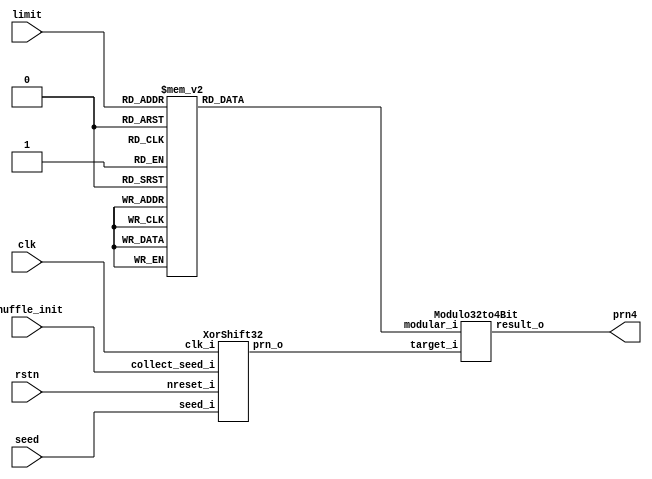
module RandomShuffler(
    input clk,
    input shuffle_init,
    input [31:0] seed,
    input [3:0] limit,
    input rstn,
    
    output [3:0] prn4
    );

    wire [31:0] prn32;

    XorShift32 XorShiftInst(
        .seed_i(seed),
        .collect_seed_i(shuffle_init),
        .clk_i(clk),
        .nreset_i(rstn),

        .prn_o(prn32)
    );

    reg [3:0] limit_plusone;

    always @(*) begin
        case(limit)
            4'b0: limit_plusone <= 4'b1;
            4'b1: limit_plusone <= 4'b10;
            4'b10: limit_plusone <= 4'b11;
            4'b11: limit_plusone <= 4'b100;
            4'b100: limit_plusone <= 4'b101;
            4'b101: limit_plusone <= 4'b110;
            4'b110: limit_plusone <= 4'b111;
            4'b111: limit_plusone <= 4'b1000;
            4'b1000: limit_plusone <= 4'b1001;
            4'b1001: limit_plusone <= 4'b1010;
            default: limit_plusone <= 4'b0001;
        endcase
    end

    Modulo32to4Bit RemainderCalculator(
        .target_i(prn32),
        .modular_i(limit_plusone),

        .result_o(prn4)
    );

endmodule

// pseudorandom number generator based on xorshift-32 algorithm
module XorShift32( 
    input [31:0] seed_i,
    input collect_seed_i,
    input clk_i,
    input nreset_i,

    output [31:0] prn_o
    );

    reg [31:0] state;

    wire [31:0] first_stage;
    wire [31:0] second_stage;
    wire [31:0] third_stage;

    assign first_stage = state ^ {state[18:0], 13'b0}; // state ^= state << 13;
    assign second_stage = first_stage ^ {7'b0, first_stage[31:7]}; // state ^= state >> 7;
    assign third_stage = second_stage ^ {second_stage[14:0], 17'b0}; // state ^= state << 17;

    always @(posedge clk_i or negedge nreset_i) begin
        if (~nreset_i) state <= 31'b0;
        else if (collect_seed_i) state <= seed_i;
        else state <= third_stage;
    end

    assign prn_o = third_stage;
endmodule

module ModuloAdder(
    input [3:0] first_operand_i,
    input [3:0] second_operand_i, // these operands must be smaller than the modular
    input [3:0] modular_i,

    output [3:0] sum_o
    );

    wire [4:0] temp_sum;
    assign temp_sum = {1'b0, first_operand_i} + {1'b0, second_operand_i}; // a + b;
    wire [4:0] mod_sum;
    assign mod_sum = temp_sum - {1'b0, modular_i}; // a + b - m; this is always smaller than 13. If this is a negative number (first bit is 1), then a + b is between 0 abd m-1. So we output a + b. Else, a + b is m or larger, and this is between 0 and m-2. so we output this one.

    assign sum_o = {4{mod_sum[4]}} & temp_sum | ~{4{mod_sum[4]}} & mod_sum[3:0];

endmodule


module Modulo32to4Bit(
    input [31:0] target_i,
    input [3:0] modular_i,

    output [3:0] result_o
    );

    // Doing '%' operation to large-size PRNs achives limiting the range of the generated PRN without introducing too much bias to the probabilities of all possible outputs.
    // A divider circuit can do it, but I belive it must be much simpler (more complex to code, but simpler in hardware level) to make use of the fact that ((a % m) + (b % m)) % m == (a + b) % m

    // For example, if we want to operate 8'b01100110 % 4'd10, we can do it by calculating 2^6 % 10 + 2^5 % 10 + 2^2 % 10 + 2^1 % 10
    // or, in a more general form, (2^7 % 10) & 4'b0000 + (2^6 % 10) & 4'b1111 + (2^5 % 10) & 4'b1111 + (2^4 % 10) & 4'b0000 + (2^3 % 10) & 4'b0000 + (2^2 % 10) & 4'b1111 + (2^1 % 10) & 4'b1111 + (2^0 % 10) & 4'b0000
    // or, by following the pseudocode below:
    
    //     sum = 0
    //     for i in 0..31
    //         sum = (sum + target[i] * (2^i % m)) % m

    // This can be done more efficiently with less gate delays with the following binary-tree-like structure, than adding them one by one
    //     
    //      (2^7 % 10) & 4'b0000        (2^6 % 10) & 4'b1111        (2^5 % 10) & 4'b1111        (2^4 % 10) & 4'b0000        (2^3 % 10) & 4'b0000        (2^2 % 10) & 4'b1111        (2^1 % 10) & 4'b1111        (2^0 % 10) & 4'b0000  
    //                \                          /                            \                          /                            \                          /                            \                          /
    //                 \________        ________/                              \________        ________/                              \________        ________/                              \________        ________/
    //                          \      /                                                \      /                                                \      /                                                \      /
    //                           \    /                                                  \    /                                                  \    /                                                  \    /  
    //                        Modulo Adder                                            Modulo Adder                                            Modulo Adder                                            Modulo Adder  
    //                              \                                                      /                                                        \                                                      /
    //                               \______________________        ______________________/                                                          \______________________        ______________________/
    //                                                      \      /                                                                                                        \      /
    //                                                       \    /                                                                                                          \    /
    //                                                    Modulo Adder                                                                                                    Modulo Adder  
    //                                                          \                                                                                                              /
    //                                                           \__________________________________________________        __________________________________________________/    
    //                                                                                                              \      /
    //                                                                                                               \    /
    //                                                                                                            Modulo Adder  
    //                                                                                                                  |
    //                                                                                                                  |
    //                                                                                                          final modulo sum

    // In our case in which the input is 32-bit, adding-one-by-one method requires 31 modulo adders, and 32 times the gate delay of a single modulo adder to generate the result, 
    // while my binary tree method requires 31 modulo adders, and only 5 times the gate delay of a single modulo adder to generate the result.

    // in predefined, {2^31 % m, 2^30 % m, 2^29 % m, ... 2 % m, 1 % m} is stored. 
    reg [127:0] predefined;

    always @(*) begin
        case({modular_i})
            4'b1: predefined <= {4'b0, 4'b0, 4'b0, 4'b0, 4'b0, 4'b0, 4'b0, 4'b0, 4'b0, 4'b0, 4'b0, 4'b0, 4'b0, 4'b0, 4'b0, 4'b0, 4'b0, 4'b0, 4'b0, 4'b0, 4'b0, 4'b0, 4'b0, 4'b0, 4'b0, 4'b0, 4'b0, 4'b0, 4'b0, 4'b0, 4'b0, 4'b0};
            4'b10: predefined <= {4'b0, 4'b0, 4'b0, 4'b0, 4'b0, 4'b0, 4'b0, 4'b0, 4'b0, 4'b0, 4'b0, 4'b0, 4'b0, 4'b0, 4'b0, 4'b0, 4'b0, 4'b0, 4'b0, 4'b0, 4'b0, 4'b0, 4'b0, 4'b0, 4'b0, 4'b0, 4'b0, 4'b0, 4'b0, 4'b0, 4'b0, 4'b1};
            4'b11: predefined <= {4'b10, 4'b1, 4'b10, 4'b1, 4'b10, 4'b1, 4'b10, 4'b1, 4'b10, 4'b1, 4'b10, 4'b1, 4'b10, 4'b1, 4'b10, 4'b1, 4'b10, 4'b1, 4'b10, 4'b1, 4'b10, 4'b1, 4'b10, 4'b1, 4'b10, 4'b1, 4'b10, 4'b1, 4'b10, 4'b1, 4'b10, 4'b1};
            4'b100: predefined <= {4'b0, 4'b0, 4'b0, 4'b0, 4'b0, 4'b0, 4'b0, 4'b0, 4'b0, 4'b0, 4'b0, 4'b0, 4'b0, 4'b0, 4'b0, 4'b0, 4'b0, 4'b0, 4'b0, 4'b0, 4'b0, 4'b0, 4'b0, 4'b0, 4'b0, 4'b0, 4'b0, 4'b0, 4'b0, 4'b0, 4'b10, 4'b1};
            4'b101: predefined <= {4'b11, 4'b100, 4'b10, 4'b1, 4'b11, 4'b100, 4'b10, 4'b1, 4'b11, 4'b100, 4'b10, 4'b1, 4'b11, 4'b100, 4'b10, 4'b1, 4'b11, 4'b100, 4'b10, 4'b1, 4'b11, 4'b100, 4'b10, 4'b1, 4'b11, 4'b100, 4'b10, 4'b1, 4'b11, 4'b100, 4'b10, 4'b1};
            4'b110: predefined <= {4'b10, 4'b100, 4'b10, 4'b100, 4'b10, 4'b100, 4'b10, 4'b100, 4'b10, 4'b100, 4'b10, 4'b100, 4'b10, 4'b100, 4'b10, 4'b100, 4'b10, 4'b100, 4'b10, 4'b100, 4'b10, 4'b100, 4'b10, 4'b100, 4'b10, 4'b100, 4'b10, 4'b100, 4'b10, 4'b100, 4'b10, 4'b1};
            4'b111: predefined <= {4'b10, 4'b1, 4'b100, 4'b10, 4'b1, 4'b100, 4'b10, 4'b1, 4'b100, 4'b10, 4'b1, 4'b100, 4'b10, 4'b1, 4'b100, 4'b10, 4'b1, 4'b100, 4'b10, 4'b1, 4'b100, 4'b10, 4'b1, 4'b100, 4'b10, 4'b1, 4'b100, 4'b10, 4'b1, 4'b100, 4'b10, 4'b1};
            4'b1000: predefined <= {4'b0, 4'b0, 4'b0, 4'b0, 4'b0, 4'b0, 4'b0, 4'b0, 4'b0, 4'b0, 4'b0, 4'b0, 4'b0, 4'b0, 4'b0, 4'b0, 4'b0, 4'b0, 4'b0, 4'b0, 4'b0, 4'b0, 4'b0, 4'b0, 4'b0, 4'b0, 4'b0, 4'b0, 4'b0, 4'b100, 4'b10, 4'b1};
            4'b1001: predefined <= {4'b10, 4'b1, 4'b101, 4'b111, 4'b1000, 4'b100, 4'b10, 4'b1, 4'b101, 4'b111, 4'b1000, 4'b100, 4'b10, 4'b1, 4'b101, 4'b111, 4'b1000, 4'b100, 4'b10, 4'b1, 4'b101, 4'b111, 4'b1000, 4'b100, 4'b10, 4'b1, 4'b101, 4'b111, 4'b1000, 4'b100, 4'b10, 4'b1};
            4'b1010: predefined <= {4'b1000, 4'b100, 4'b10, 4'b110, 4'b1000, 4'b100, 4'b10, 4'b110, 4'b1000, 4'b100, 4'b10, 4'b110, 4'b1000, 4'b100, 4'b10, 4'b110, 4'b1000, 4'b100, 4'b10, 4'b110, 4'b1000, 4'b100, 4'b10, 4'b110, 4'b1000, 4'b100, 4'b10, 4'b110, 4'b1000, 4'b100, 4'b10, 4'b1};       
            4'b1011: predefined <= {4'b10, 4'b1, 4'b110, 4'b11, 4'b111, 4'b1001, 4'b1010, 4'b101, 4'b1000, 4'b100, 4'b10, 4'b1, 4'b110, 4'b11, 4'b111, 4'b1001, 4'b1010, 4'b101, 4'b1000, 4'b100, 4'b10, 4'b1, 4'b110, 4'b11, 4'b111, 4'b1001, 4'b1010, 4'b101, 4'b1000, 4'b100, 4'b10, 4'b1};
            4'b1100: predefined <= {4'b1000, 4'b100, 4'b1000, 4'b100, 4'b1000, 4'b100, 4'b1000, 4'b100, 4'b1000, 4'b100, 4'b1000, 4'b100, 4'b1000, 4'b100, 4'b1000, 4'b100, 4'b1000, 4'b100, 4'b1000, 4'b100, 4'b1000, 4'b100, 4'b1000, 4'b100, 4'b1000, 4'b100, 4'b1000, 4'b100, 4'b1000, 4'b100, 4'b10, 4'b1};
            4'b1101: predefined <= {4'b1011, 4'b1100, 4'b110, 4'b11, 4'b1000, 4'b100, 4'b10, 4'b1, 4'b111, 4'b1010, 4'b101, 4'b1001, 4'b1011, 4'b1100, 4'b110, 4'b11, 4'b1000, 4'b100, 4'b10, 4'b1, 4'b111, 4'b1010, 4'b101, 4'b1001, 4'b1011, 4'b1100, 4'b110, 4'b11, 4'b1000, 4'b100, 4'b10, 4'b1};    
            4'b1110: predefined <= {4'b10, 4'b1000, 4'b100, 4'b10, 4'b1000, 4'b100, 4'b10, 4'b1000, 4'b100, 4'b10, 4'b1000, 4'b100, 4'b10, 4'b1000, 4'b100, 4'b10, 4'b1000, 4'b100, 4'b10, 4'b1000, 4'b100, 4'b10, 4'b1000, 4'b100, 4'b10, 4'b1000, 4'b100, 4'b10, 4'b1000, 4'b100, 4'b10, 4'b1};        
            4'b1111: predefined <= {4'b1000, 4'b100, 4'b10, 4'b1, 4'b1000, 4'b100, 4'b10, 4'b1, 4'b1000, 4'b100, 4'b10, 4'b1, 4'b1000, 4'b100, 4'b10, 4'b1, 4'b1000, 4'b100, 4'b10, 4'b1, 4'b1000, 4'b100, 4'b10, 4'b1, 4'b1000, 4'b100, 4'b10, 4'b1, 4'b1000, 4'b100, 4'b10, 4'b1};
            4'b0000: predefined <= {4'b0, 4'b0, 4'b0, 4'b0, 4'b0, 4'b0, 4'b0, 4'b0, 4'b0, 4'b0, 4'b0, 4'b0, 4'b0, 4'b0, 4'b0, 4'b0, 4'b0, 4'b0, 4'b0, 4'b0, 4'b0, 4'b0, 4'b0, 4'b0, 4'b0, 4'b0, 4'b0, 4'b0, 4'b1000, 4'b100, 4'b10, 4'b1};
            // assume 4'b0000 input is actually 5'b10000
        endcase
    end

    // filtered layer stores predefined values times target[i]
    wire [127:0] filtered;
    genvar i;
    generate
        for (i = 0; i < 32; i = i + 1) begin: predefined_filter
            assign filtered[4*i+3 : 4*i] = {4{target_i[i]}} & predefined[4*i+3 : 4*i];
        end
    endgenerate

    wire [63:0] first_layer;
    generate
        for (i = 0; i < 16; i = i + 1) begin: first_layer_connection
            ModuloAdder ModAdderInst1(
                .first_operand_i(filtered[i*8+7 : i*8+4]),
                .second_operand_i(filtered[i*8+3 : i*8]),
                .modular_i(modular_i),

                .sum_o(first_layer[4*i+3 : 4*i])
            );
        end
    endgenerate

    wire [31:0] second_layer;
    generate
        for (i = 0; i < 8; i = i + 1) begin: second_layer_connection
            ModuloAdder ModAdderInst2(
                .first_operand_i(first_layer[i*8+7 : i*8+4]),
                .second_operand_i(first_layer[i*8+3 : i*8]),
                .modular_i(modular_i),
                
                .sum_o(second_layer[4*i+3 : 4*i])
            );
        end
    endgenerate

    wire [15:0] third_layer;
    generate
        for (i = 0; i < 4; i = i + 1) begin: third_layer_connection
            ModuloAdder ModAdderInst3(
                .first_operand_i(second_layer[i*8+7 : i*8+4]),
                .second_operand_i(second_layer[i*8+3 : i*8]),
                .modular_i(modular_i),

                .sum_o(third_layer[i*4+3 : i*4])
            );
        end
    endgenerate

    wire [7:0] fourth_layer;
    generate 
        for (i = 0; i < 2; i = i + 1) begin: fouurth_layer_connection
            ModuloAdder ModAdderInst4(
                .first_operand_i(third_layer[i*8+7 : i*8+4]),
                .second_operand_i(third_layer[i*8+3 : i*8]),
                .modular_i(modular_i),

                .sum_o(fourth_layer[i*4+3 : i*4])
            );
        end
    endgenerate

    ModuloAdder ModAdderInstFinal(
        .first_operand_i(fourth_layer[7:4]),
        .second_operand_i(fourth_layer[3:0]),
        .modular_i(modular_i),

        .sum_o(result_o)
    );      

endmodule

module ReverseNineCounter(
    input rstn,
    input clk,
    input enable,
    output reg [3:0] count
    );

    always @(posedge clk or negedge rstn) begin
        if (~rstn) count <= 0;
        else begin
            if (~enable) count <= count;
            else begin
                case(count)
                    4'b1001: count <= 4'b1000;
                    4'b1000: count <= 4'b111;
                    4'b111: count <= 4'b110;
                    4'b110: count <= 4'b101;
                    4'b101: count <= 4'b100;
                    4'b100: count <= 4'b11;
                    4'b11: count <= 4'b10;
                    4'b10: count <= 4'b1;
                    4'b1: count <= 4'b0;
                    4'b0: count <= 4'b1001;
                    default: count <= 4'b1001;
                endcase
            end
        end
    end

endmodule